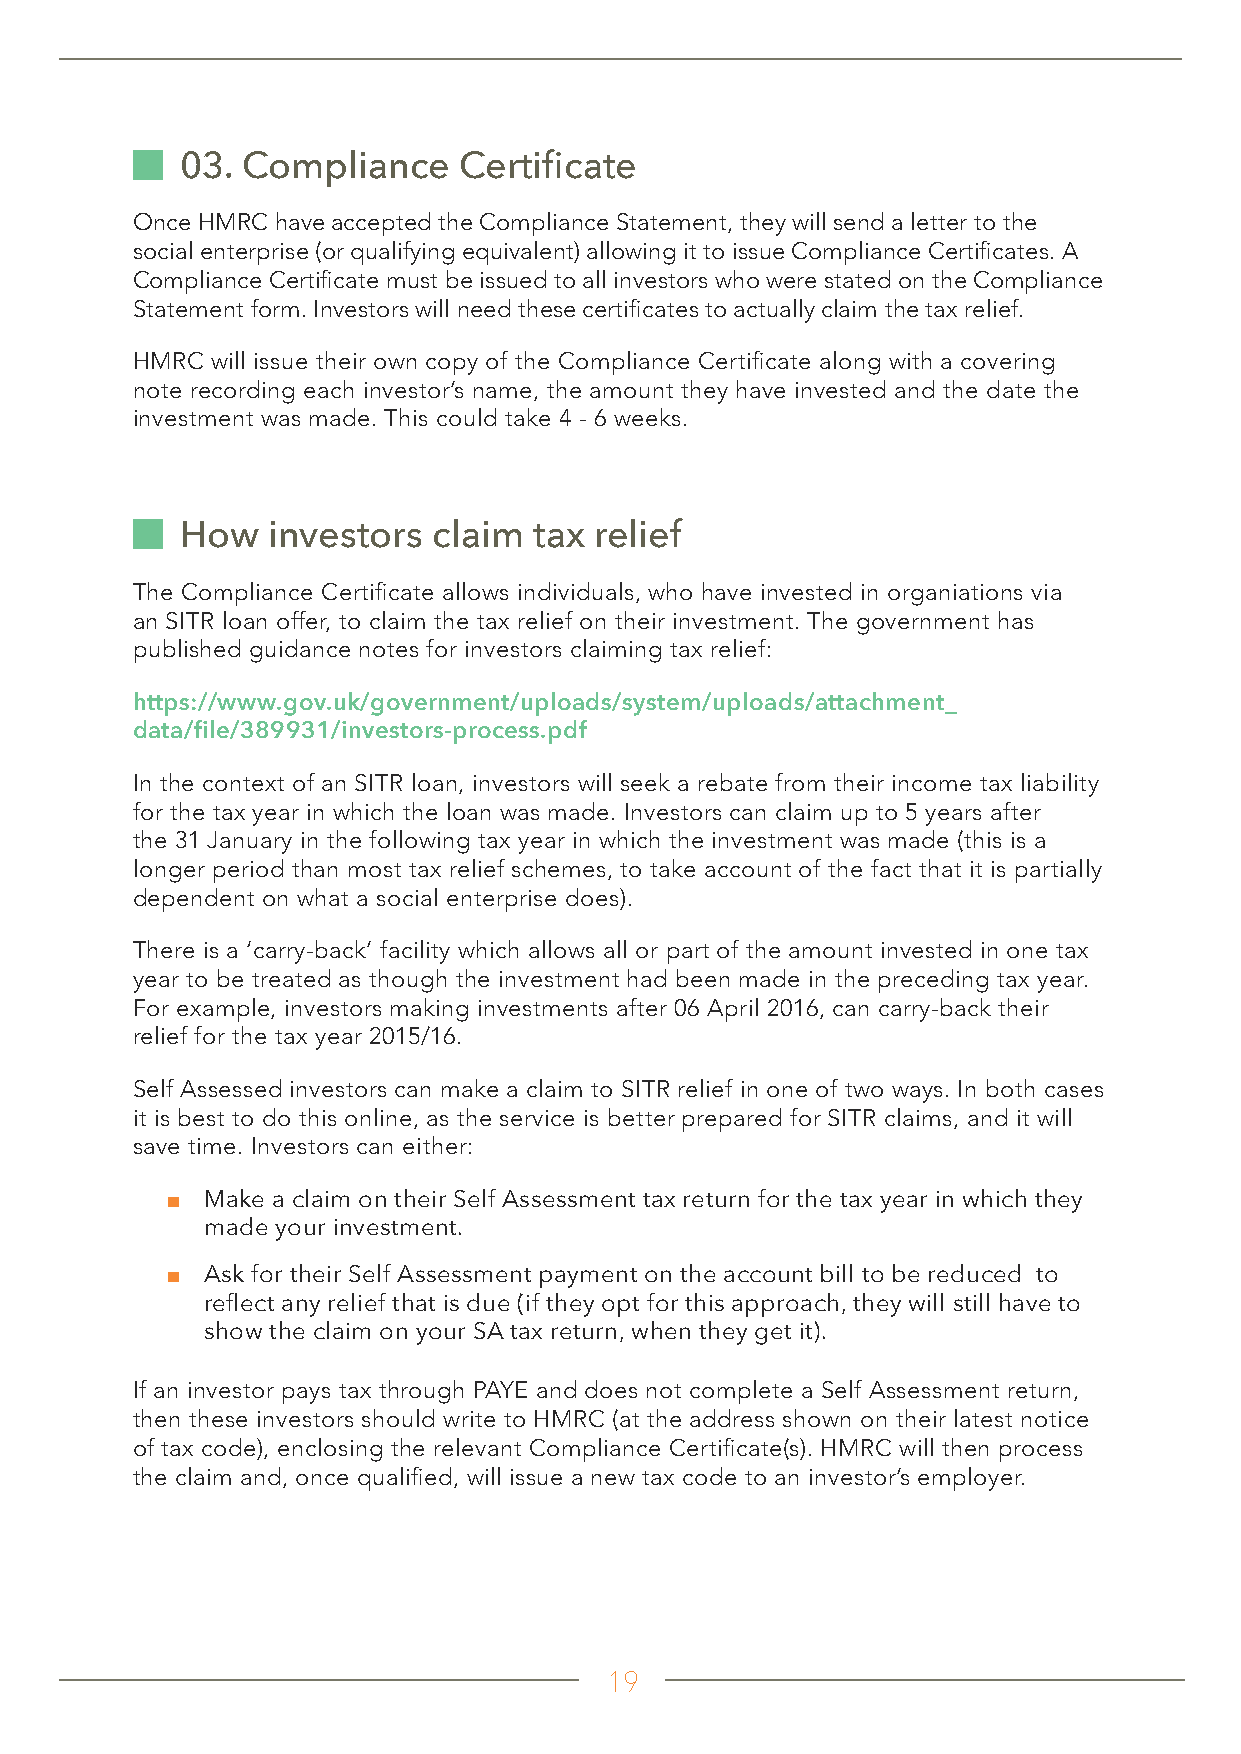
03. Compliance    Certificate
 Once HMRC have accepted the Compliance Statement, they will send a letter to the
 social enterprise (or qualifying equivalent) allowing it to issue Compliance Certificates. A
 Compliance Certificate must be issued to all investors who were stated on the Compliance
 Statement form. Investors will need these certificates to actually claim the tax relief.
 HMRC will issue their own copy of the Compliance Certificate along with a covering
 note recording each investor’s name, the amount they have invested and the date the
 investment was made. This could take 4 - 6 weeks.
 How   investors  claim tax relief
 The Compliance Certificate allows individuals, who have invested in organiations via
 an SITR loan offer, to claim the tax relief on their investment. The government has
 published guidance notes for investors claiming tax relief:
 https://www.gov.uk/government/uploads/system/uploads/attachment_
 data/file/389931/investors-process.pdf
 In the context of an SITR loan, investors will seek a rebate from their income tax liability
 for the tax year in which the loan was made. Investors can claim up to 5 years after
 the 31 January in the following tax year in which the investment was made (this is a
 longer period than most tax relief schemes, to take account of the fact that it is partially
 dependent on what a social enterprise does).
 There is a ‘carry-back’ facility which allows all or part of the amount invested in one tax
 year to be treated as though the investment had been made in the preceding tax year.
 For example, investors making investments after 06 April 2016, can carry-back their
 relief for the tax year 2015/16.
 Self Assessed investors can make a claim to SITR relief in one of two ways. In both cases
 it is best to do this online, as the service is better prepared for SITR claims, and it will
 save time. Investors can either:
 ■ Make a claim on their Self Assessment tax return for the tax year in which they
 made your investment.
 ■ Ask for their Self Assessment payment on the account bill to be reduced to
 reflect any relief that is due (if they opt for this approach, they will still have to
 show the claim on your SA tax return, when they get it).
 If an investor pays tax through PAYE and does not complete a Self Assessment return,
 then these investors should write to HMRC (at the address shown on their latest notice
 of tax code), enclosing the relevant Compliance Certificate(s). HMRC will then process
 the claim and, once qualified, will issue a new tax code to an investor’s employer.
 19